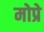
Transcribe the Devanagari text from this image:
मोप्रे